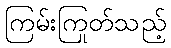
ကြမ်းကြုတ်သည့်